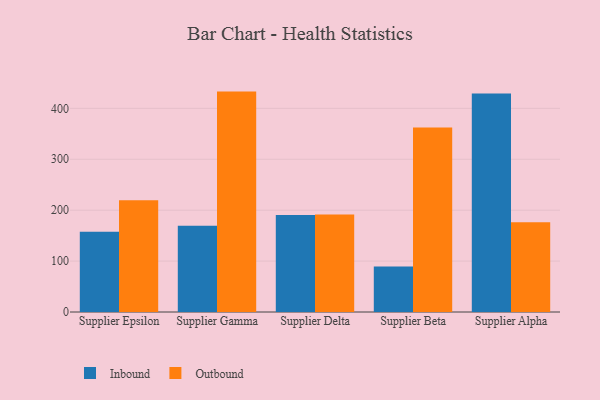
{"axis": {"x": "Supplier", "y": "Demand Index"}, "legend": ["Inbound", "Outbound"], "data": [{"x": "Supplier Epsilon", "y": 157.7, "type": "Inbound"}, {"x": "Supplier Epsilon", "y": 219.5, "type": "Outbound"}, {"x": "Supplier Gamma", "y": 169.5, "type": "Inbound"}, {"x": "Supplier Gamma", "y": 432.9, "type": "Outbound"}, {"x": "Supplier Delta", "y": 190.3, "type": "Inbound"}, {"x": "Supplier Delta", "y": 191.4, "type": "Outbound"}, {"x": "Supplier Beta", "y": 89.4, "type": "Inbound"}, {"x": "Supplier Beta", "y": 362.5, "type": "Outbound"}, {"x": "Supplier Alpha", "y": 429.0, "type": "Inbound"}, {"x": "Supplier Alpha", "y": 176.1, "type": "Outbound"}]}